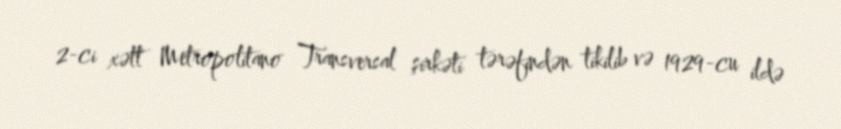
2-ci xətt Metropolitano Transversal şirkəti tərəfindən tikilib və 1929-cu ildə